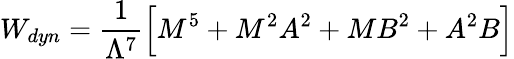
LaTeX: W_{dyn}=\frac{1}{\Lambda^{7}}\Big[M^{5}+M^{2}A^{2}+MB^{2}+A^{2}B\Big]